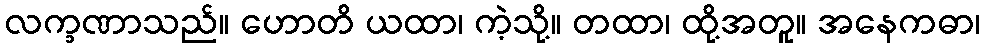
လက္ခဏာသည်။ ဟောတိ ယထာ၊ ကဲ့သို့။ တထာ၊ ထို့အတူ။ အနေကဓာ၊